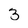
Character: 3